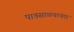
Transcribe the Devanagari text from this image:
पावसाळयानंतर